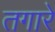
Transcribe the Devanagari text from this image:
तगारे